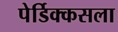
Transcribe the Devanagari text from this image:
पेर्डिक्कसला